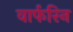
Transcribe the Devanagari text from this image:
वार्फरिन